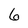
Character: 6